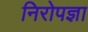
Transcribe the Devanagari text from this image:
निरोपज्ञा